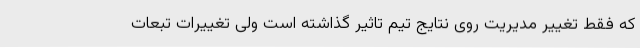
که فقط تغییر مدیریت روی نتایج تیم تاثیر گذاشته است ولی تغییرات تبعات